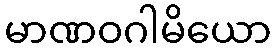
မာဏဝဂါမိယော